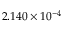
2 . 1 4 0 \times 1 0 ^ { - 4 }